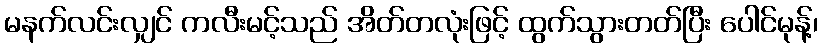
မနက်လင်းလျှင် ကလီးမင့်သည် အိတ်တလုံးဖြင့် ထွက်သွားတတ်ပြီး ပေါင်မုန့်၊